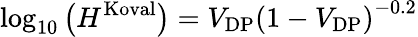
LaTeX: \log_{10}\left(H^{\mathrm{Koval}}\right)=V_{\mathrm{DP}}\left(1-V_{\mathrm{DP}}\right)^{-0.2}